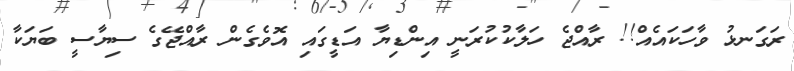
ރަގަނޅު ވާހަކައެއް!! ރާއްޖެ ހަލާކުކުރަނީ އިންޑިޔާ އަޑީގައި އޮވެގެން ރާއްޖޭގެ ސިޔާސީ ބަޔަކާ